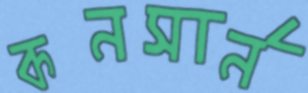
কনসার্ন